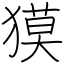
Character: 獏